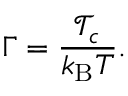
\Gamma = \frac { { \mathcal T } _ { c } } { k _ { \mathrm { B } } T } .